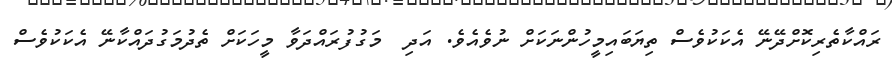
ރައްކާތެރިކޮށްދޭނޭ އެކަކުވެސް ތިޔަބައިމީހުންނަކަށް ނުވެއެވެ. އަދި  މަގުފުރައްދަވާ މީހަކަށް ތެދުމަގުދައްކާނޭ އެކަކުވެސް